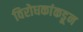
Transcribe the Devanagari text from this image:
विरोधकांकडून